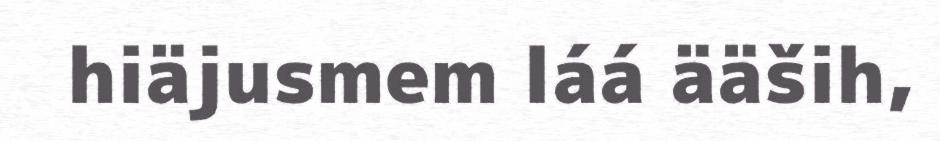
hiäjusmem láá ääših,